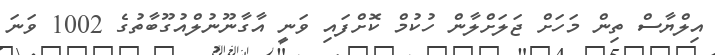
އިލްޔާސް ތިން މަހަށް ޖަލަށްލާން ހުކުމް ކޮށްފައި ވަނީ އާގާނޫނުލްއުގޫބާތުގެ 1002 ވަނަ